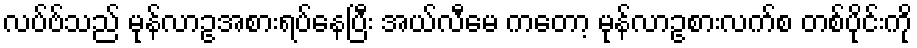
လပ်ဗ်သည် မုန်လာဥအစားရပ်နေပြီး အယ်လီမေ ကတော့ မုန်လာဥစားလက်စ တစ်ပိုင်းကို